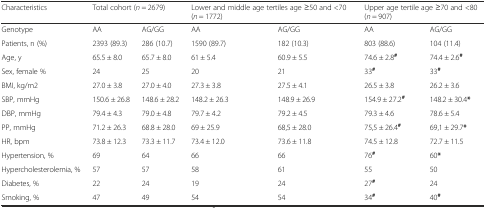
<table><thead><tr><td><b>Characteristics</b></td><td colspan="2"><b>Total cohort (<i>n</i> = 2679)</b></td><td colspan="2"><b>Lower and middle age tertiles age ≥50 and &lt;70 (<i>n</i> = 1772)</b></td><td colspan="2"><b>Upper age tertile age ≥70 and &lt;80 (<i>n</i> = 907)</b></td></tr></thead><tbody><tr><td>Genotype</td><td>AA</td><td>AG/GG</td><td>AA</td><td>AG/GG</td><td>AA</td><td>AG/GG</td></tr><tr><td>Patients, n (%)</td><td>2393 (89.3)</td><td>286 (10.7)</td><td>1590 (89.7)</td><td>182 (10.3)</td><td>803 (88.6)</td><td>104 (11.4)</td></tr><tr><td>Age, y</td><td>65.5 ± 8.0</td><td>65.7 ± 8.0</td><td>61 ± 5.4</td><td>60.9 ± 5.5</td><td>74.6 ± 2.8<sup><b>#</b></sup></td><td>74.4 ± 2.6<sup><b>#</b></sup></td></tr><tr><td>Sex, female %</td><td>24</td><td>25</td><td>20</td><td>21</td><td>33<sup><b>#</b></sup></td><td>33<sup><b>#</b></sup></td></tr><tr><td>BMI, kg/m2</td><td>27.0 ± 3.8</td><td>27.0 ± 4.0</td><td>27.3 ± 3.8</td><td>27.5 ± 4.1</td><td>26.5 ± 3.8</td><td>26.2 ± 3.6</td></tr><tr><td>SBP, mmHg</td><td>150.6 ± 26.8</td><td>148.6 ± 28.2</td><td>148.2 ± 26.3</td><td>148.9 ± 26.9</td><td>154.9 ± 27.2<sup><b>#</b></sup></td><td>148.2 ± 30.4<b>*</b></td></tr><tr><td>DBP, mmHg</td><td>79.4 ± 4.3</td><td>79.0 ± 4.8</td><td>79.7 ± 4.2</td><td>79.2 ± 4.5</td><td>79.3 ± 4.6</td><td>78.6 ± 5.4</td></tr><tr><td>PP, mmHg</td><td>71.2 ± 26.3</td><td>68.8 ± 28.0</td><td>69 ± 25.9</td><td>68,5 ± 28.0</td><td>75,5 ± 26.4<sup><b>#</b></sup></td><td>69,1 ± 29.7<b>*</b></td></tr><tr><td>HR, bpm</td><td>73.8 ± 12.3</td><td>73.3 ± 11.7</td><td>73.4 ± 12.0</td><td>73.6 ± 11.8</td><td>74.5 ± 12.8</td><td>72.7 ± 11.5</td></tr><tr><td>Hypertension, %</td><td>69</td><td>64</td><td>66</td><td>66</td><td>76<sup><b>#</b></sup></td><td>60<b>*</b></td></tr><tr><td>Hypercholesterolemia, %</td><td>57</td><td>57</td><td>58</td><td>61</td><td>55</td><td>50</td></tr><tr><td>Diabetes, %</td><td>22</td><td>24</td><td>19</td><td>24</td><td>27<sup><b>#</b></sup></td><td>24</td></tr><tr><td>Smoking, %</td><td>47</td><td>49</td><td>54</td><td>54</td><td>34<sup><b>#</b></sup></td><td>40<sup><b>#</b></sup></td></tr></tbody></table>